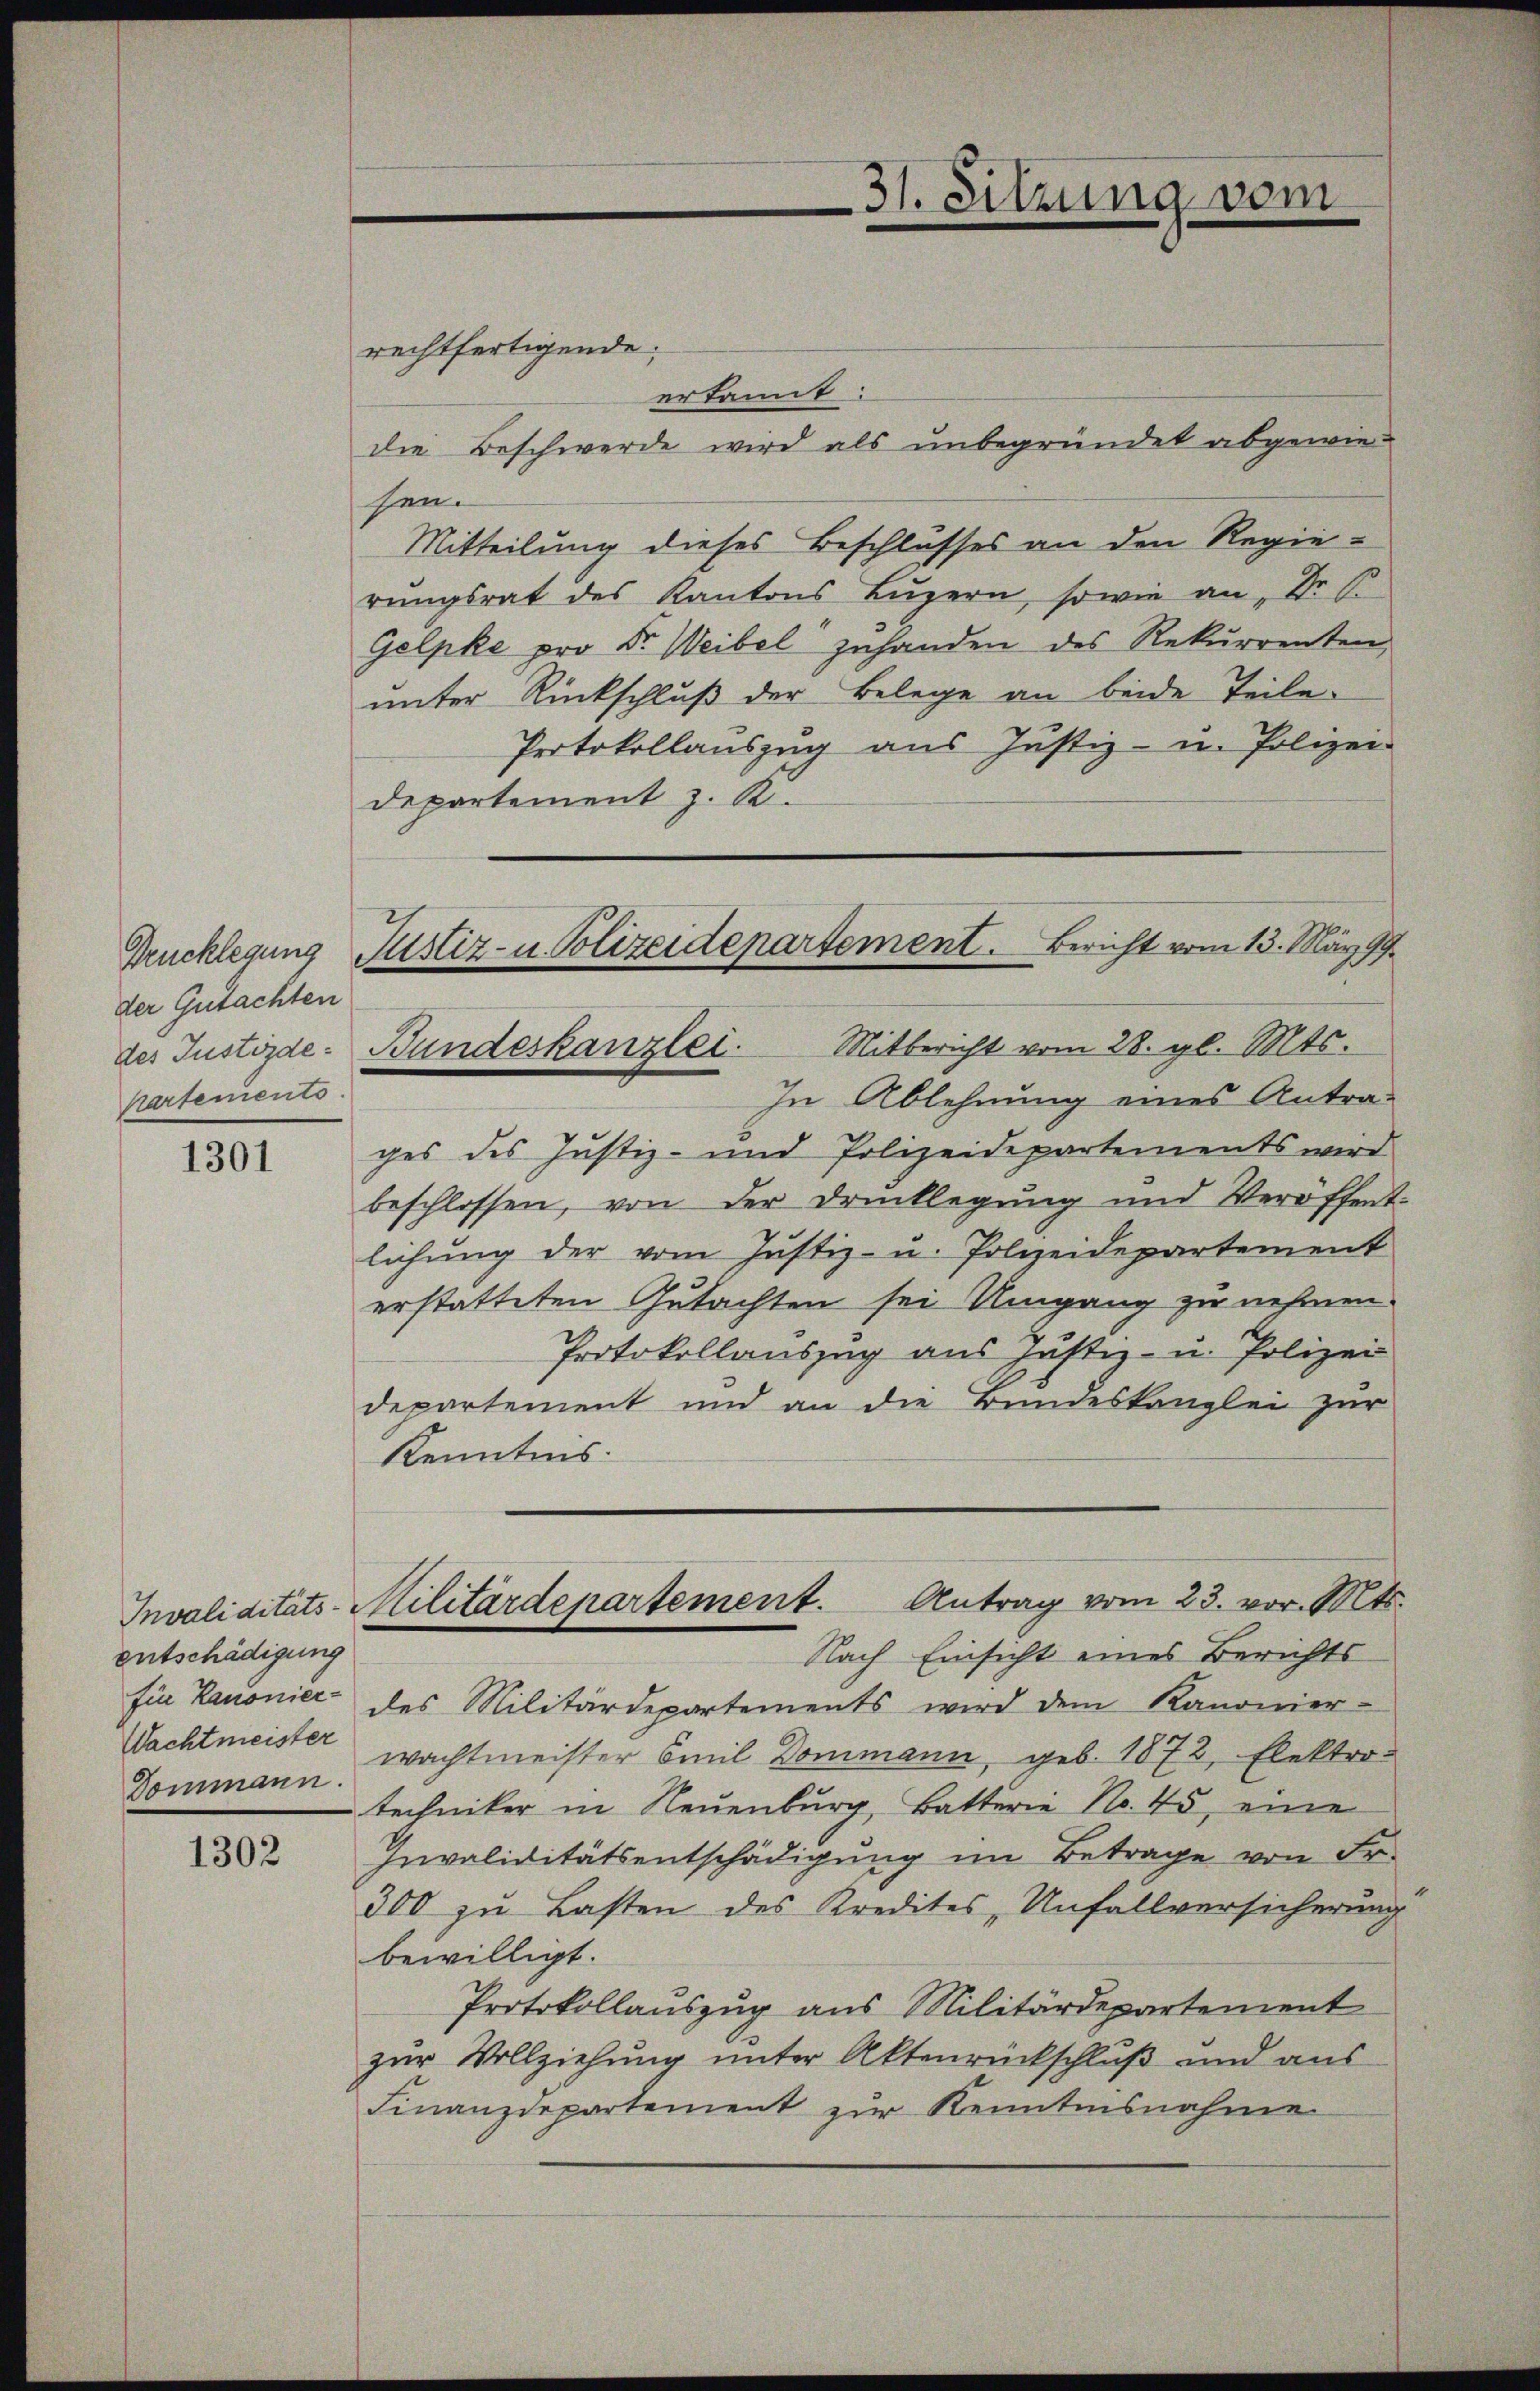
der Gutachten
partements

1301

entschädigung
Wachtmeister
Dommann.

1302

rechtfertigende
erkannt:
die Beschwerde wird als unbegründet abgewiehen.
Mitteilung dieses Beschlusses an den Regierungsrat des Kantons Luzern, sowie an, Dr. B
Gelpke pro Sr. Weibel zuhanden des Rekurrenten,
unter Rückschluß der Belege an beide Teile.
Protokollauszug aus Justiz- u. Polizei-
Departement z. K.
In Ablehnung eines Antra-
ges des Justiz- und Polizeidepartements wird
beschlossen, von der Drucklegŭng und Veröffent
lichŭng der vom Justiz- u. Polizeidepartement
erstatteten Gutachten sei Umgang zu nehmen.
Protokollauszug aus Justiz- u. Polizei
departement und an die Bundeskanzlei zur
Kenntnis.
Invaliditäts-Militärdepartement. Antrag vom 23. vor. Mts.
Nach Einsicht eines Berichts
für Kanonier des Militärdepartements wird dem Kanonier-
wachtmeister Emil Dommann, geb. 1872, Elektro-
techniker in Neuenburg, Batterie No. 45, eine
Invaliditätsentschädigung im Betrage von Fr.
300 zu Lasten des Kredites Unfallversicherung
bewilligt.
Protokollauszug aus Militärdepartement
zur Vollziehung unter Aktenrückschluß und aus
Finanzdepartement zur Kenntnisnahme

Brucklegung Justiz- u. Polizeidepartement. Bericht vom 13. März 99.
des Justizde: Bundeskanzlei. Mitbericht vom 28. gl. Mts.

31. Sitzung vom